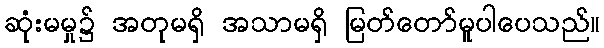
ဆုံးမမှု၌ အတုမရှိ အသာမရှိ မြတ်တော်မူပါပေသည်။